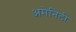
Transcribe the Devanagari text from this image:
अमेनिटी